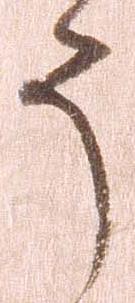
う